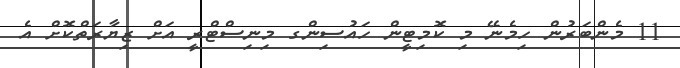
11 މެންބަރުން ހިމެނޭ މި ކޮމިޓީން ހައުސިންގ މިނިސްޓްރީ އަށް ޒިޔާރަތްކޮށް އެ